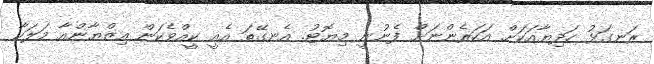
ރަނގަޅު ހަދިޔާއަކަށް އަހަރެންނަށް ފެނުނީ މިޔޮޓު. އެނގޭތަ އެއީ ކީއްވެކަން އިޒްޔާންއާ މަލަކާ